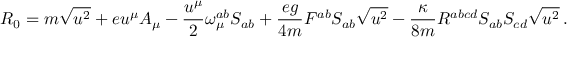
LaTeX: { \cal R } _ { 0 } = m \sqrt { u ^ { 2 } } + e u ^ { \mu } A _ { \mu } - \frac { u ^ { \mu } } { 2 } { \omega } _ { \mu } ^ { a b } S _ { a b } + \frac { e g } { 4 m } F ^ { a b } S _ { a b } \sqrt { u ^ { 2 } } - \frac { \kappa } { 8 m } R ^ { a b c d } S _ { a b } S _ { c d } \sqrt { u ^ { 2 } } \, .